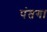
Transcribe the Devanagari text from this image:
पंतगा